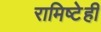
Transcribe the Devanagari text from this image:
रामिष्टेही